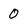
Character: O